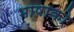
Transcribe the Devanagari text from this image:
भाषाको